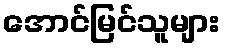
အောင်မြင်သူများ